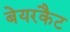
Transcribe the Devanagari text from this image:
बेयरकैट